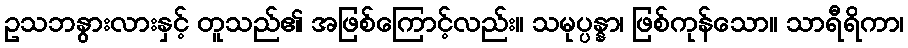
ဥသဘနွားလားနှင့် တူသည်၏ အဖြစ်ကြောင့်လည်း။ သမုပ္ပန္နာ၊ ဖြစ်ကုန်သော။ သာရီရိကာ၊